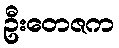
ဦးတေဇက